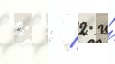
1 / 2 и́